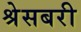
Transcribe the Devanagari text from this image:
श्रेसबरी